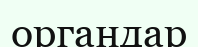
органдар